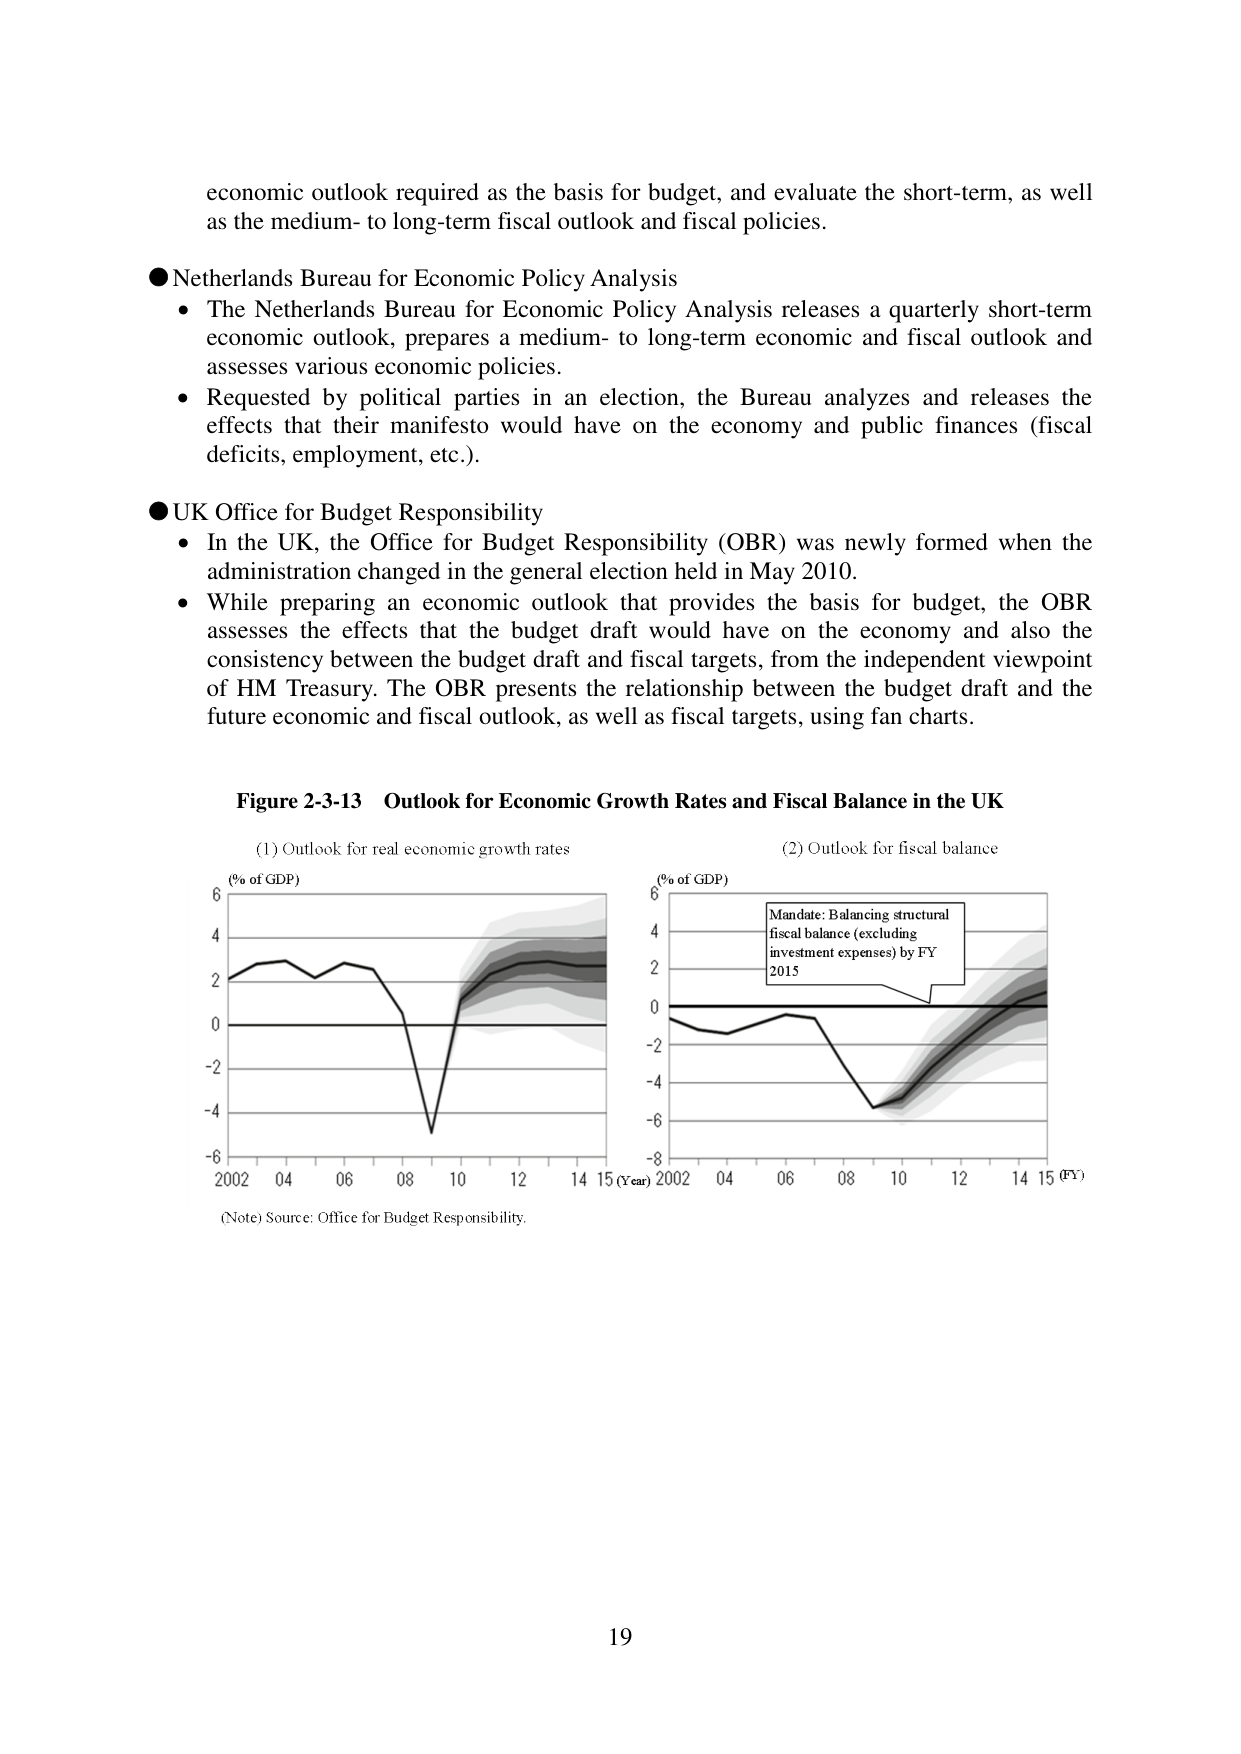
economic outlook required as the basis for budget, and evaluate the short-term, as well as the medium- to long-term fiscal outlook and fiscal policies.

● Netherlands Bureau for Economic Policy Analysis
• The Netherlands Bureau for Economic Policy Analysis releases a quarterly short-term economic outlook, prepares a medium- to long-term economic and fiscal outlook and assesses various economic policies.
• Requested by political parties in an election, the Bureau analyzes and releases the effects that their manifesto would have on the economy and public finances (fiscal deficits, employment, etc.).

● UK Office for Budget Responsibility
• In the UK, the Office for Budget Responsibility (OBR) was newly formed when the administration changed in the general election held in May 2010.
• While preparing an economic outlook that provides the basis for budget, the OBR assesses the effects that the budget draft would have on the economy and also the consistency between the budget draft and fiscal targets, from the independent viewpoint of HM Treasury. The OBR presents the relationship between the budget draft and the future economic and fiscal outlook, as well as fiscal targets, using fan charts.

Figure 2-3-13 Outlook for Economic Growth Rates and Fiscal Balance in the UK
(1) Outlook for real economic growth rates
(% of GDP)
6
4
2
0
-2
-4
-6
2002 04 06 08 10 12 14 15 (Year)
(2) Outlook for fiscal balance
(% of GDP)
6
4
2
0
-2
-4
-6
-8
2002 04 06 08 10 12 14 15 (FY)
Mandate: Balancing structural fiscal balance (excluding investment expenses) by FY 2015
(Note) Source: Office for Budget Responsibility.
19